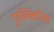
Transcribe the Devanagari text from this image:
पुब्लिकोला